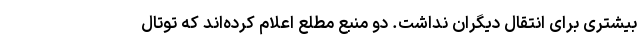
بیشتری برای انتقال دیگران نداشت. دو منبع مطلع اعلام کرده‌اند که توتال